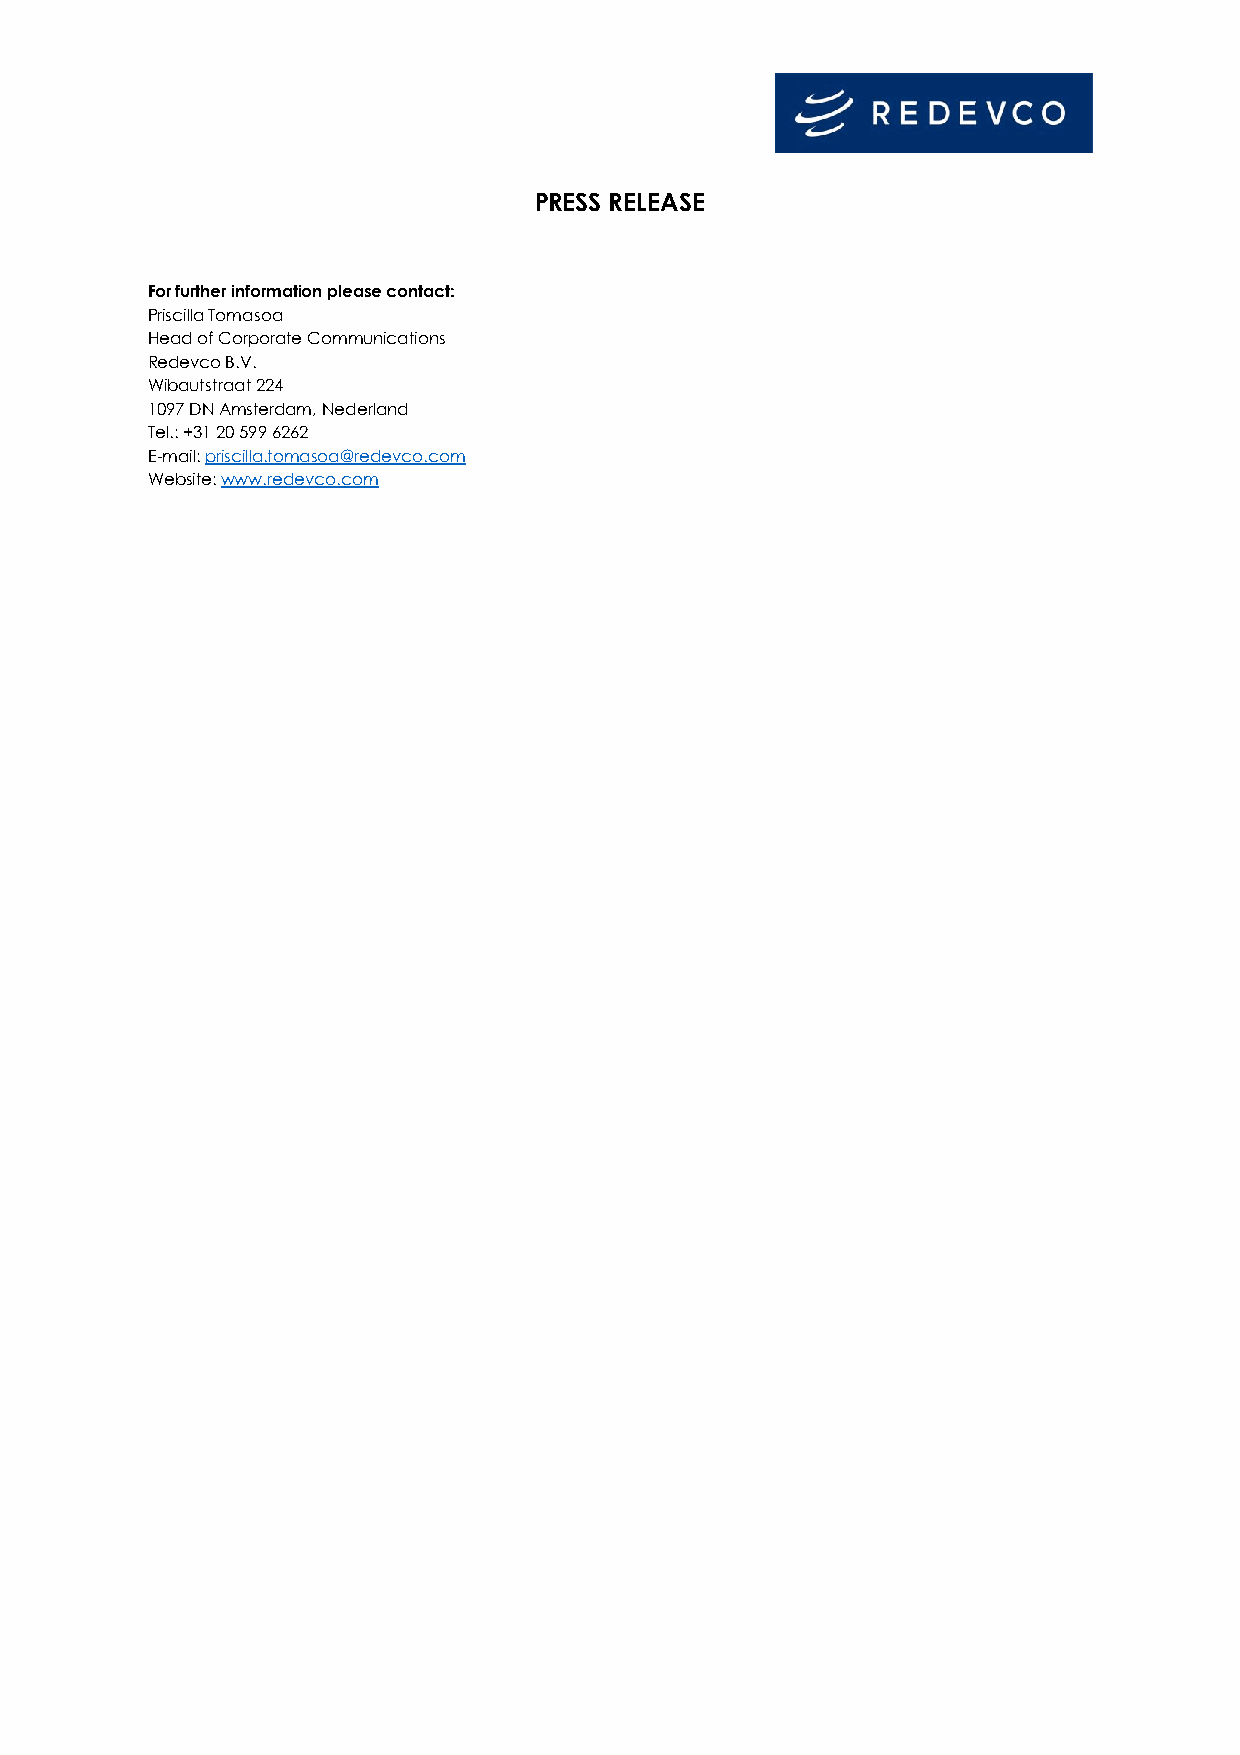
PRESS RELEASE
 For further information please contact:
 Priscilla Tomasoa
 Head of Corporate Communications
 Redevco B.V.
 Wibautstraat 224
 1097 DN Amsterdam, Nederland
 Tel.: +31 20 599 6262
 E-mail: priscilla.tomasoa@redevco.com
 Website: www.redevco.com